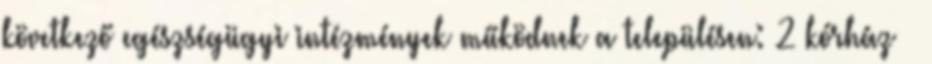
következő egészségügyi intézmények működnek a településen: 2 kórház –